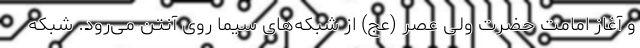
و آغاز امامت حضرت ولی عصر (عج) از شبکه‌های سیما روی آنتن می‌رود. شبکه